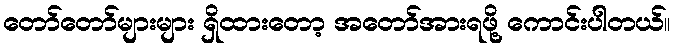
တော်တော်များများ ရှိထားတော့ အတော်အားရဖို့ ကောင်းပါတယ်။